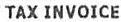
TAX INVOICE